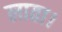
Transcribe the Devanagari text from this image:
लाता।